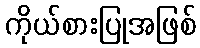
ကိုယ်စားပြုအဖြစ်